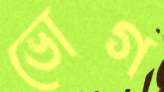
ভোগ